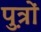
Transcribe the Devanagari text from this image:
पु़त्रों